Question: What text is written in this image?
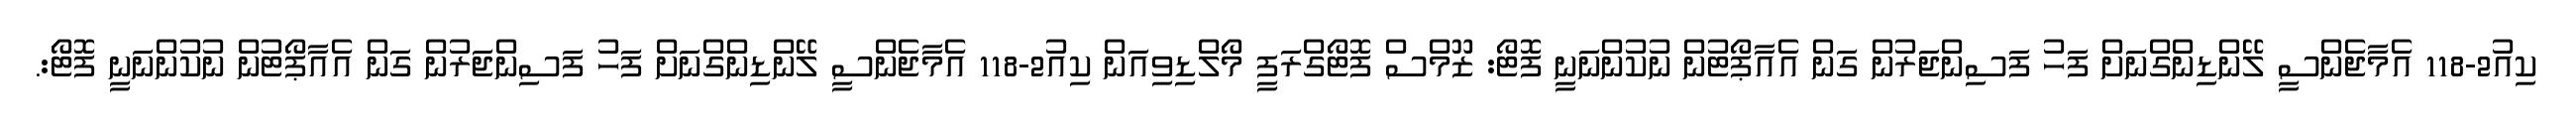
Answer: ކިއު2-118 އެމާޖެންސީ ލޭންޑިންގްނަށް ފަހު ފަސިންޖަރުން ގަން އެއާޕޯޓުން ނުކުންނަނީ ފޮޓޯ: ޒޫމްސް ފޮޓޯގްރަފީ މޯލްޑިވިއަން ކިއު2-118 އެމާޖެންސީ ލޭންޑިންގްނަށް ފަހު ފަސިންޖަރުން ގަން އެއާޕޯޓުން ނުކުންނަނީ ފޮޓޯ:.